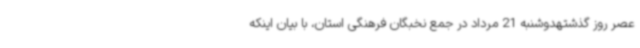
عصر روز گذشتهدوشنبه 21 مرداد در جمع نخبگان فرهنگی استان، با بیان اینکه